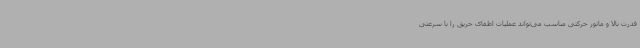
قدرت بالا و مانور حرکتی مناسب می‌تواند عملیات اطفای حریق را با سرعتی